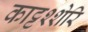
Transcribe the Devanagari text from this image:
काट्टश्शेरि